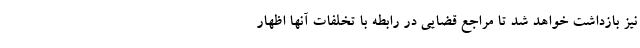
نیز بازداشت خواهد شد تا مراجع قضایی در رابطه با تخلفات آنها اظهار